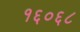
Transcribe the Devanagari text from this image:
१६०६८